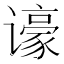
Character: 𬤫